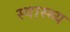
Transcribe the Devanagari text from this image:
स्‍वास्‍थ्य